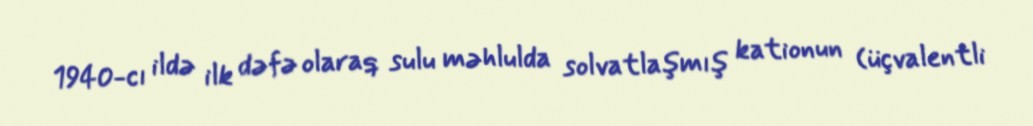
1940-cı ildə ilk dəfə olaraq sulu məhlulda solvatlaşmış kationun (üçvalentli